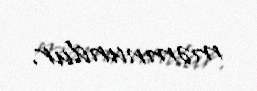
məmnundur.